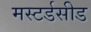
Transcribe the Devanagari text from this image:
मस्टर्डसीड